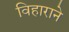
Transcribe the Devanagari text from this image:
विहाराने